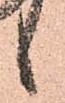
候